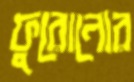
ফুরোনোর